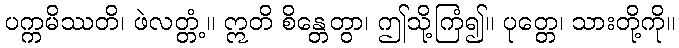
ပက္ကမိဿတိ၊ ဖဲလတ္တံ့။ ဣတိ စိန္တေတွာ၊ ဤသို့ကြံ၍။ ပုတ္တေ၊ သားတို့ကို။